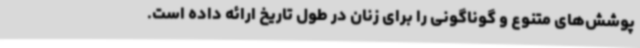
پوشش‌های متنوع و گوناگونی را برای زنان در طول تاریخ ارائه داده است.